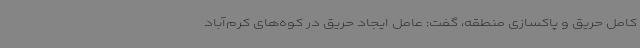
کامل حریق و پاکسازی منطقه، گفت: عامل ایجاد حریق در کوه‌های کرم‌آباد